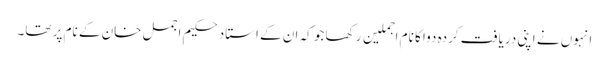
انہوں نے اپنی دریافت کردہ دوا کا نام اجملین رکھا جو کہ ان کے استاد حکیم اجمل خان کے نام پر تھا۔